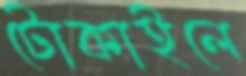
টোকাইলে